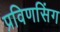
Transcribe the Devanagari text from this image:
प्रविणसिंग